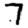
Digit: 7